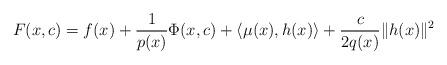
LaTeX: \begin{align*} F(x, c) = f(x) + \frac{1}{p(x)} \Phi(x, c) + \langle \mu(x), h(x) \rangle + \frac{c}{2 q(x)} \| h(x) \|^2\end{align*}